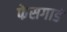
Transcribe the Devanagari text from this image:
फेसगार्ड